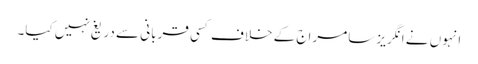
انہوں نے انگریز سامراج کے خلاف کسی قربانی سے دریغ نہیں کیا۔